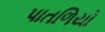
પાતળિયો